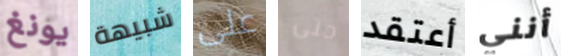
يونغ شبيهة على حتى أعتقد أنني